Report of an investigation into the causes of malaria in Bombay and the measures necessary for its control
Disease focus: Malaria
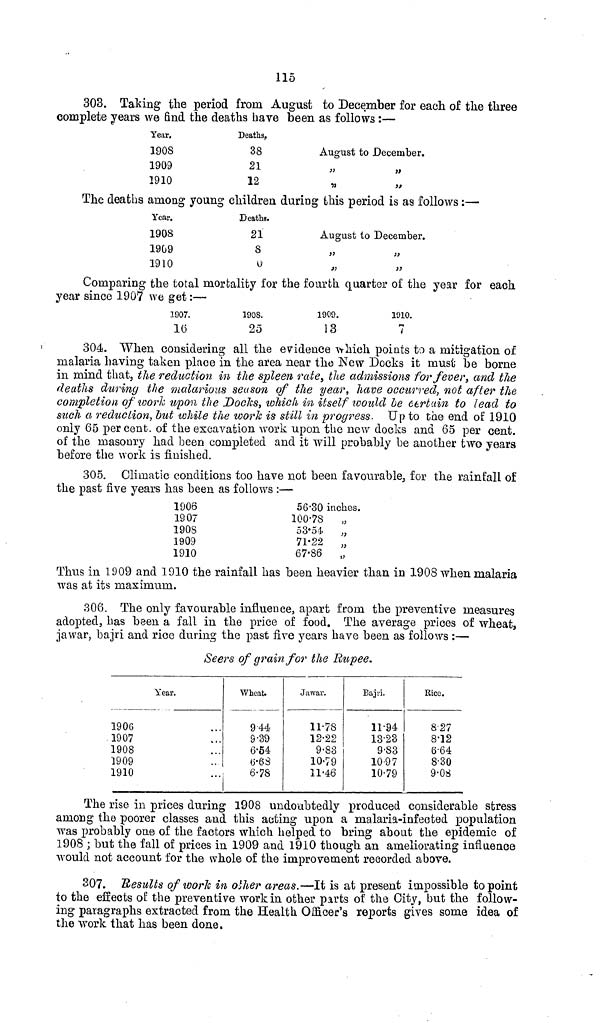
115
303. Taking the period from August to December for each of the three
complete years we find the deaths have been as follows :—
Year.
190S
1909
1910
Deaths.
38
21
12
August to December.
The deaths among young children during this period is as follows:—
Year.
190S
1909
1910
Deaths.
21
8
0
August to December.
" "
Comparing the total mortality for the fourth quarter of the year for each
year since 1907 we get:—
1907.
16
1908.
25
1909.
13
1910.
7
304. When considering all the evidence which points to a mitigation of
malaria having taken place in the area near the New Docks it must be borne
in mind that, the reduction in the spleen rate, the admissions for fever, and the
deaths during the malarious season of the year, have occurred, not after the
completion of work upon the Docks, which in itself would be certain to lead to
such a reduction, but while the work is still in progress. Up to the end of 1910
only 65 per cent. of the excavation work upon the new docks and 65 per cent.
of the masonry had been completed and it will probably be another two years
before the work is finished.
305. Climatic conditions too have not been favourable, for the rainfall of
the past five years has been as follows :—
1906
1907
1908
1909
1910
56.30 inches.
100.78
„
53.51
„
71.22
„
67.86
„
Thus in 1909 and 1910 the rainfall has been heavier than in 1908 when malaria
was at its maximum.
306. The only favourable influence, apart from the preventive measures
adopted, has been a fall in the price of food. The average prices of wheat,
jawar, bajri and rice during the past five years have been as follows :—
Seers of grain for the Rupee.
Year.
1906
1907
1908
1909
1910
Wheat.
9.44
9.39
6.54
6.63
6.78
Jawar.
11.78
12.22
9.83
10.79
11.46
Bajri.
11.94
13.23
9.83
10.97
10.79
Rice.
827
8.12
6.64
8.30
9.08
The rise in prices during 1908 undoubtedly produced considerable stress
among the poorer classes and this acting upon a malaria-infected population
was probably one of the factors which helped to bring about the epidemic of
1908 ; but the fall of prices in 1909 and 1910 though an ameliorating influence
would not account for the whole of the improvement recorded above.
307. Results of work in other areas.—It is at present impossible to point
to the effects of the preventive work in other parts of the City, but the follow-
ing paragraphs extracted from the Health Officer's reports gives some idea of
the work that has been done.